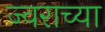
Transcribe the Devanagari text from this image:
ज्वराच्या